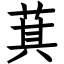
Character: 萁